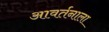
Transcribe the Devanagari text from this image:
आवर्तनाला